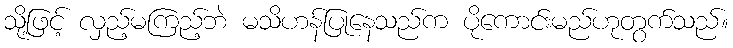
သို့ဖြင့် လှည့်မကြည့်ဘဲ မသိဟန်ပြုနေသည်က ပိုကောင်းမည်ဟုတွက်သည်။